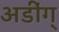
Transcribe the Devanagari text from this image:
अडींग्